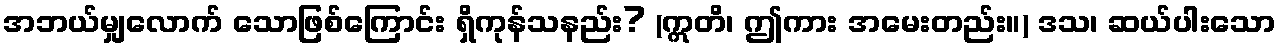
အဘယ်မျှလောက် သောဖြစ်ကြောင်း ရှိကုန်သနည်း? (ဣတိ၊ ဤကား အမေးတည်း။) ဒသ၊ ဆယ်ပါးသော